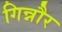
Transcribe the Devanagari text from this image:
गिन्नौर